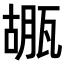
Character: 𤭱